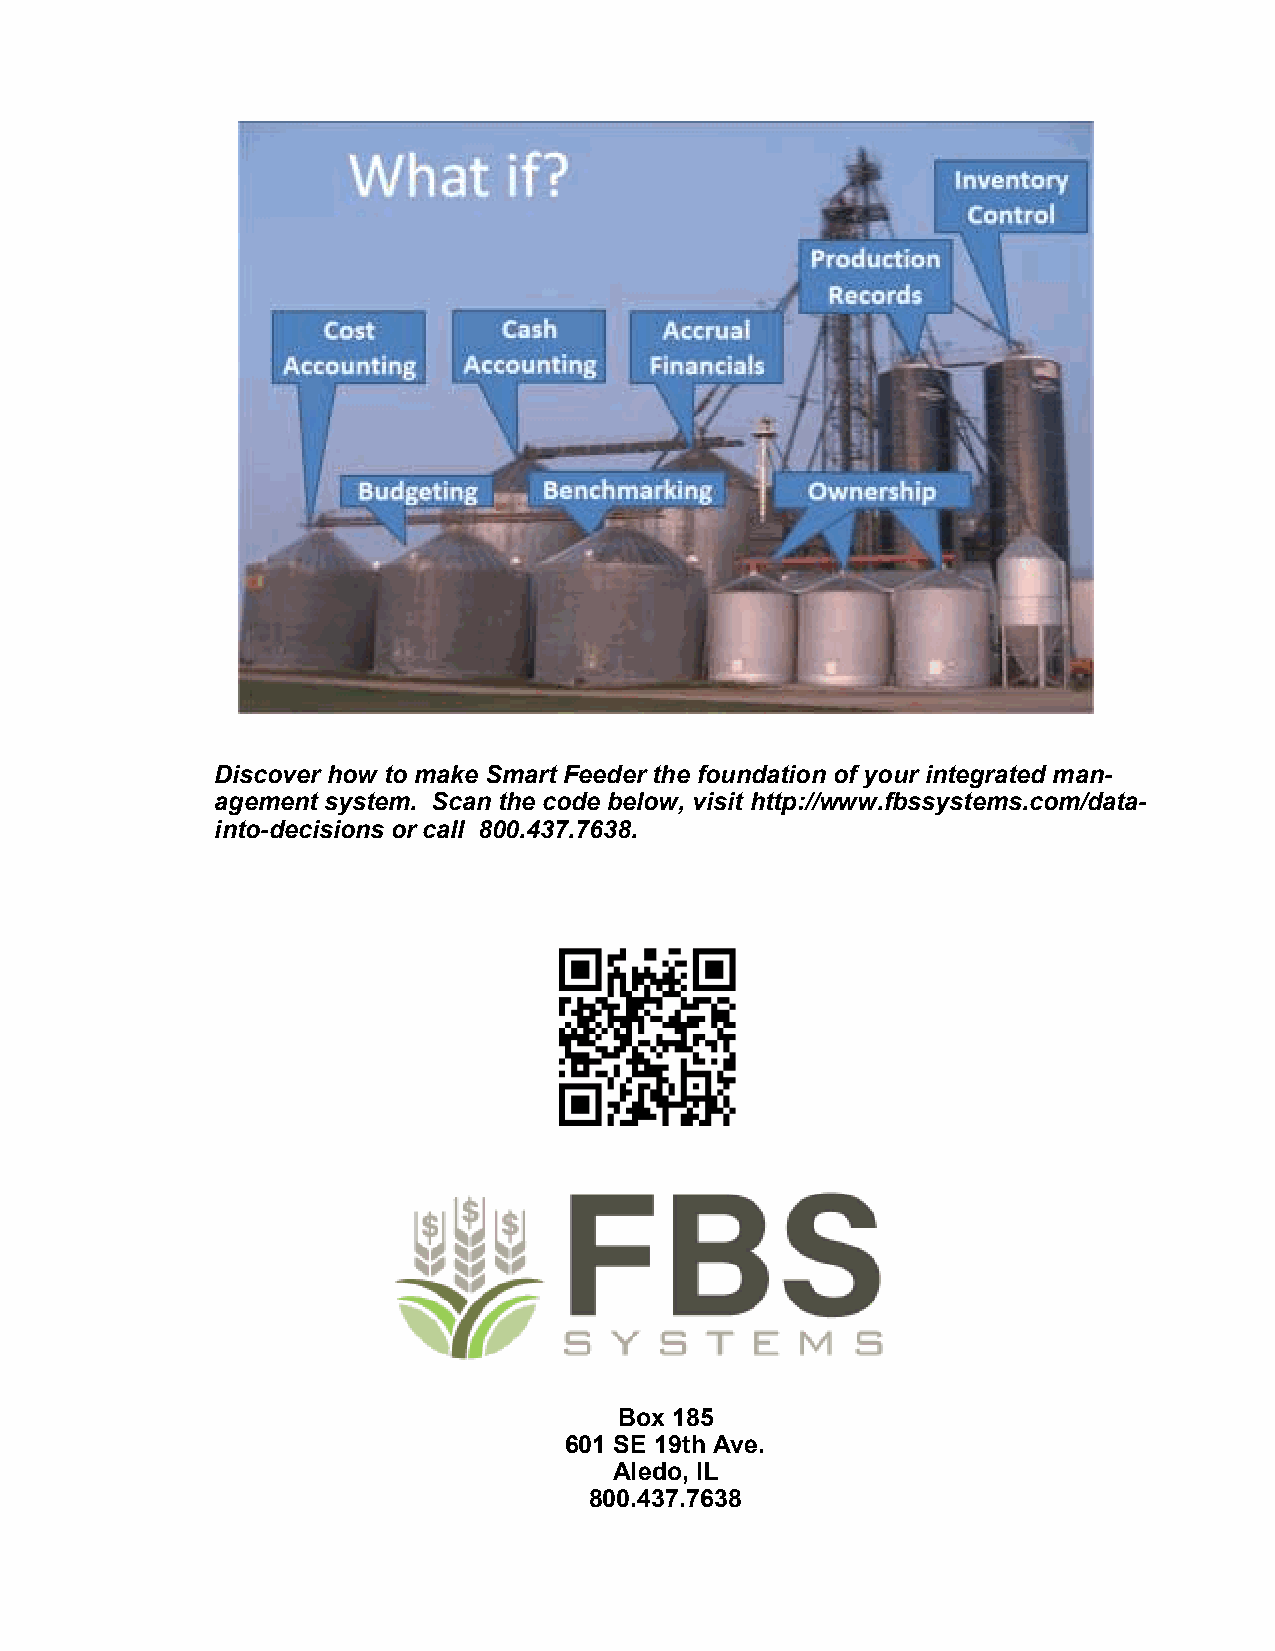
Discover how to make Smart Feeder the foundation of your integrated man-
 agement system. Scan the code below, visit http://www.fbssystems.com/data-
 into-decisions or call 800.437.7638.
 Box 185
 601 SE 19th Ave.
 Aledo, IL
 800.437.7638